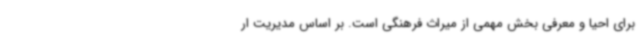
برای احیا و معرفی بخش مهمی از میراث فرهنگی است. بر اساس مدیریت ار